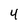
Character: 4